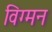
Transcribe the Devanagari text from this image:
विग्मन